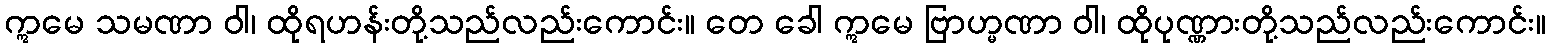
ဣမေ သမဏာ ဝါ၊ ထိုရဟန်းတို့သည်လည်းကောင်း။ တေ ခေါ ဣမေ ဗြာဟ္မဏာ ဝါ၊ ထိုပုဏ္ဏားတို့သည်လည်းကောင်း။